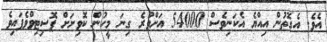
އެވެ. އެގޮތުން އިއްޔެ އެކަނިވެސް 54000 އަށްވުރެ ގިނަ މީހުން ކޮވިށަށް ޕޮސިޓިވްވެފައިވެ